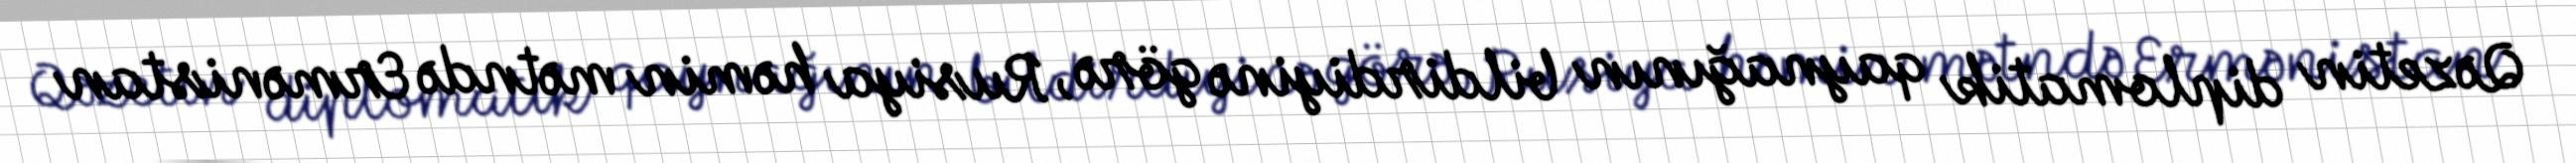
Qəzetin diplomatik qaynağının bildirdiyinə görə, Rusiya həmin mətndə Ermənistan